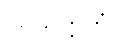
ဩသက္ကိတံ